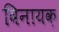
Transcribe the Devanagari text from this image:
विनायक़